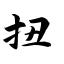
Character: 扭